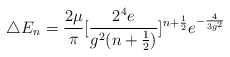
\begin{align*}\triangle E_n=\frac{2\mu}{\pi}[\frac{2^4e}{g^2(n+\frac{1}{2})}]^{n+\frac{1}{2}}e^{-\frac{4}{3g^2}}\end{align*}